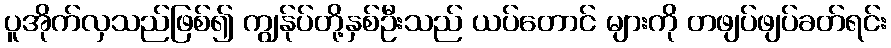
ပူအိုက်လှသည်ဖြစ်၍ ကျွန်ုပ်တို့နှစ်ဦးသည် ယပ်တောင် များကို တဖျပ်ဖျပ်ခတ်ရင်း